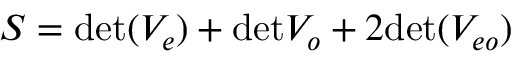
S = \mathrm { d e t } ( V _ { e } ) + \mathrm { d e t } V _ { o } + 2 \mathrm { d e t } ( V _ { e o } )